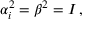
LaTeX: \alpha _ { i } ^ { 2 } = \beta ^ { 2 } = I \, ,